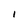
Character: I